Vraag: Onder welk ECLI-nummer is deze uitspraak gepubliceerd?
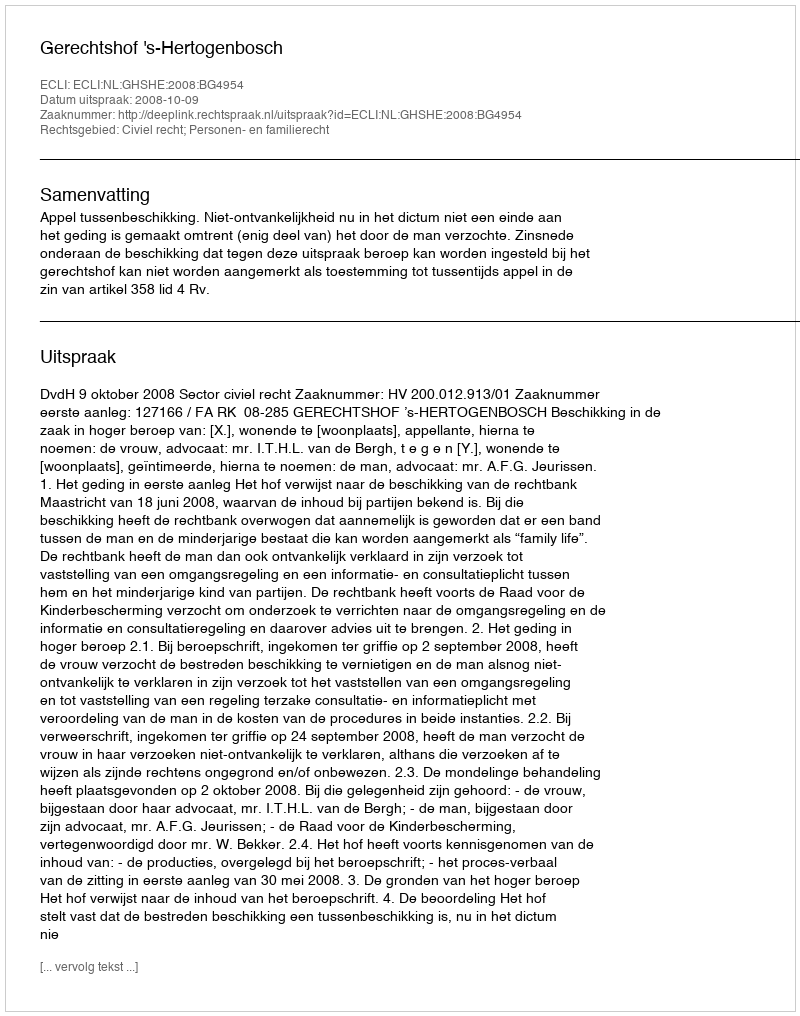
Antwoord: ECLI:NL:GHSHE:2008:BG4954